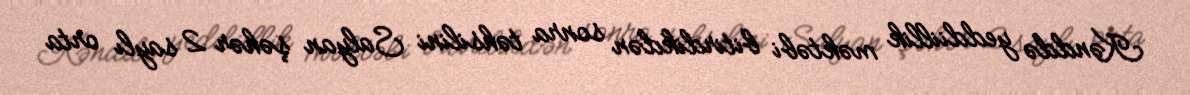
Kənddə yeddiillik məktəbi bitirdikdən sonra təhsilini Salyan şəhər 2 saylı orta